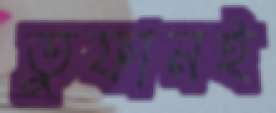
তুফানই